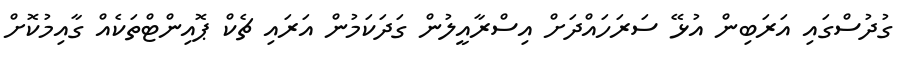
ގުދުސްގައި އަރަބިން އުޅޭ ސަރަހައްދަށް އިސްރާއީލުން ގަދަކަމުން އަރައި ޗެކް ޕޮއިންޓްތަކެއް ގާއިމުކޮށް